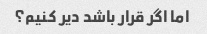
اما اگر قرار باشد دیر کنیم؟